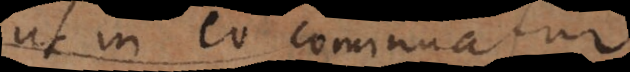
ut in eo cominuatur